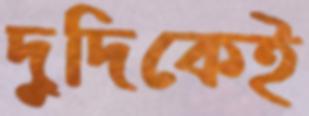
দুদিকেই